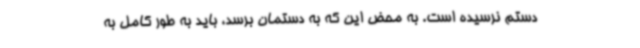
دستم نرسیده است. به محض این که به دستمان برسد، باید به طور کامل به